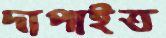
দাপাইত